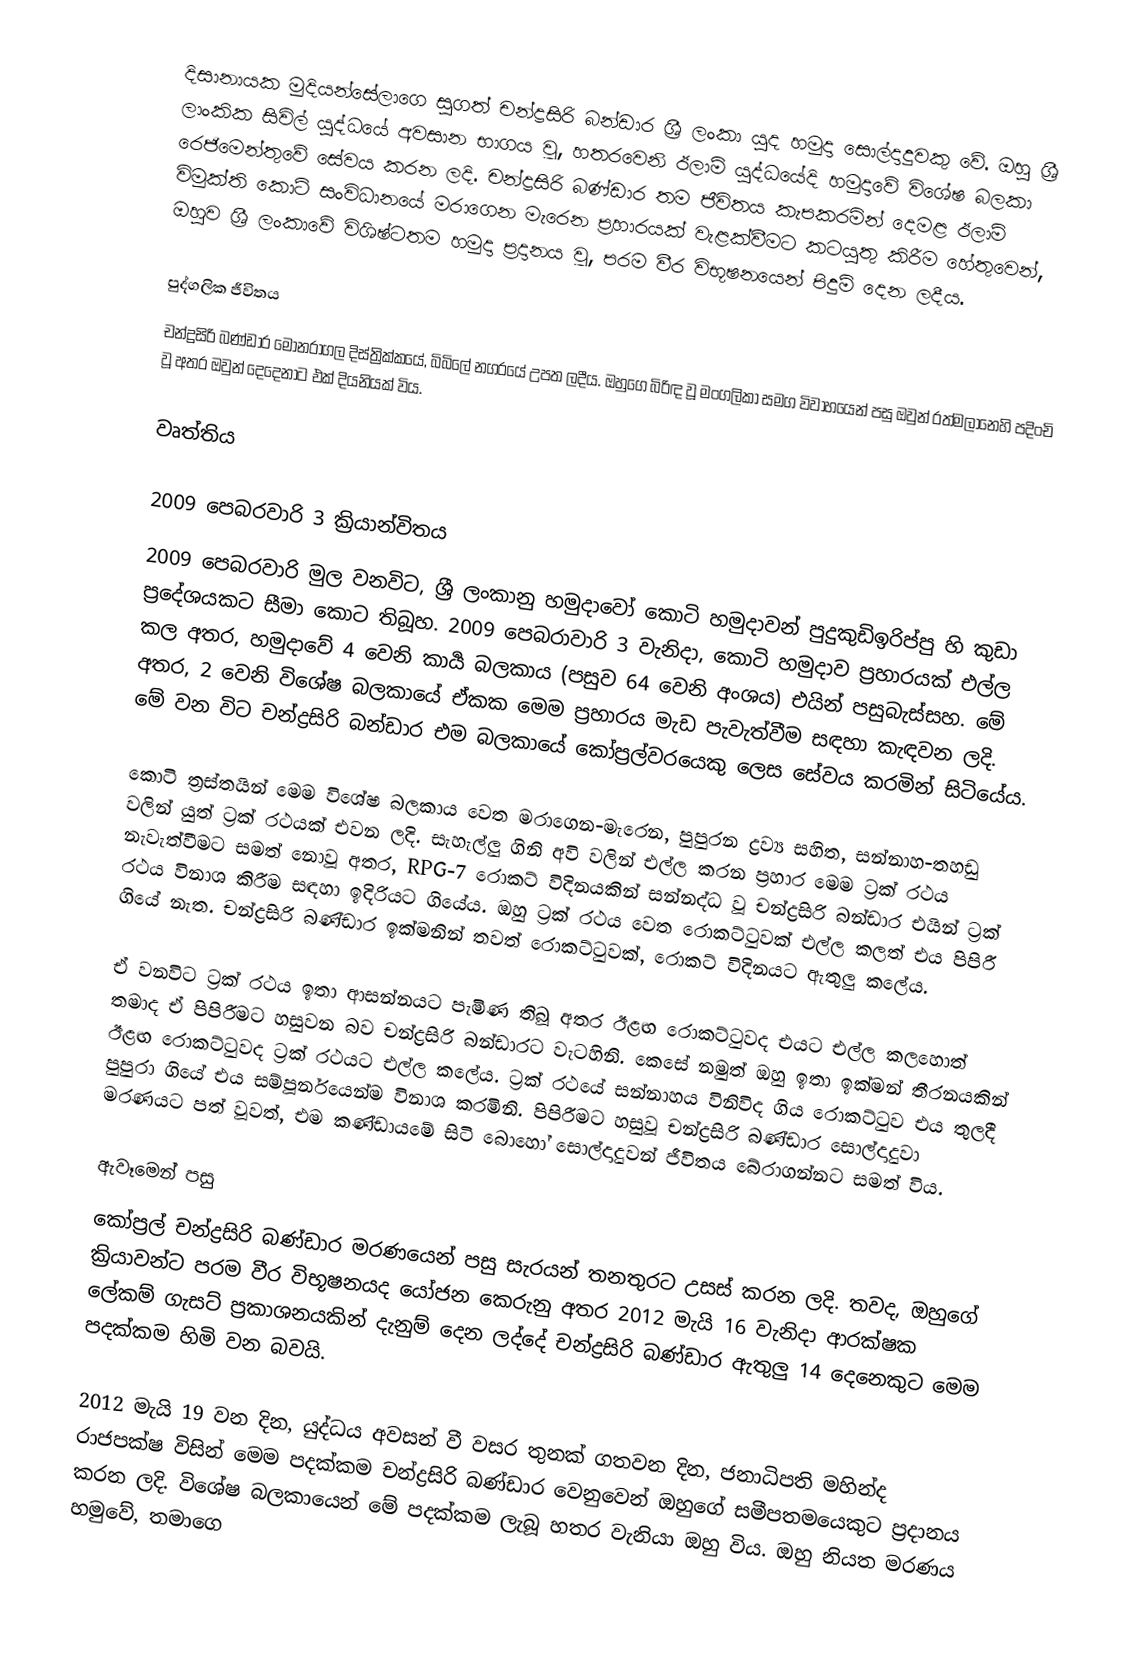
දිසානායක මුදියන්සේලාගෙ සුගත් චන්ද්‍රසිරි බන්ඩාර ශ්‍රී ලංකා යුද හමුදා සොල්දාදුවකු වේ. ඔහු ශ්‍රී ලාංකික සිවිල් යුද්ධයේ අවසාන භාගය වූ, හතරවෙනි ඊලාම් යුද්ධයේදි හමුදාවේ විශේෂ බලකා රෙජිමෙන්තුවේ සේවය කරන ලදි. චන්ද්‍රසිරි බණ්ඩාර තම ජීවිතය කැපකරමින් දෙමළ ඊලාම් විමුක්ති කොටි සංවිධානයේ මරාගෙන මැරෙන ප්‍රහාරයක් වැළක්වීමට කටයුතු කිරීම හේතුවෙන්, ඔහුව ශ්‍රී ලංකාවේ විශිෂ්ටතම හමුදා ප්‍රදානය වූ, පරම වීර විභූෂනයෙන් පිදුම් දෙන ලදීය.

පුද්ගලික ජීවිතය
චන්ද්‍රසිරි බණ්ඩාර මොනරාගල දිස්ත්‍රික්කයේ, බිබිලේ නගරයේ උපත ලදීය. ඔහුගෙ බිරිඳ වූ මංගලිකා සමග විවාහයෙන් පසු ඔවුන් රත්මලානෙහි පදිංචි වූ අතර ඔවුන් දෙදෙනාට එක් දියනියක් විය.

වෘත්තිය

2009 පෙබරවාරි 3 ක්‍රියාන්විතය
2009 පෙබරවාරි මුල වනවිට, ශ්‍රී ලංකානු හමුදාවෝ කොටි හමුදාවන් පුදුකුඩිඉරිප්පු හි කුඩා ප්‍රදේශයකට සීමා කොට තිබූහ. 2009 පෙබරාවාරි 3 වැනිදා, කොටි හමුදාව ප්‍රහාරයක් එල්ල කල අතර, හමුදාවේ 4 වෙනි කාර්‍ය බලකාය (පසුව 64 වෙනි අංශය) එයින් පසුබැස්සහ. මේ අතර, 2 වෙනි විශේෂ බලකායේ ඒකක මෙම ප්‍රහාරය මැඩ පැවැත්වීම සඳහා කැඳවන ලදි. මේ වන විට චන්ද්‍රසිරි බන්ඩාර එම බලකායේ කෝප්‍රල්වරයෙකු ලෙස සේවය කරමින් සිටියේය.

කොටි ත්‍රස්තයින් මෙම විශේෂ බලකාය වෙත මරාගෙන-මැරෙන, පුපුරන ද්‍රව්‍ය සහිත, සන්නාහ-තහඩු වලින් යුත් ට්‍රක් රථයක් එවන ලදි. සැහැල්ලු ගිනි අවි වලින් එල්ල කරන ප්‍රහාර මෙම ට්‍රක් රථය නැවැත්වීමට සමත් නොවූ අතර, RPG-7 රොකට් විදිනයකින් සන්නද්ධ වූ චන්ද්‍රසිරි බන්ඩාර එයින් ට්‍රක් රථය විනාශ කිරීම සඳහා ඉදිරියට ගියේය. ඔහු ට්‍රක් රථය වෙත රොකට්ටුවක් එල්ල කලත් එය පිපිරී ගියේ නැත. චන්ද්‍රසිරි බණ්ඩාර ඉක්මනින් තවත් රොකට්ටුවක්, රොකට් විදිනයට ඇතුලු කලේය.

ඒ වනවිට ට්‍රක් රථය ඉතා ආසන්නයට පැමිණ තිබූ අතර ඊළඟ රොකට්ටුවද එයට එල්ල කලහොත් තමාද ඒ පිපිරීමට හසුවන බව චන්ද්‍රසිරි බන්ඩාරට වැටහිනි. කෙසේ නමුත් ඔහු ඉතා ඉක්මන් තීරනයකින් ඊළඟ රොකට්ටුවද ට්‍රක් රථයට එල්ල කලේය. ට්‍රක් රථයේ සන්නාහය විනිවිද ගිය රොකට්ටුව එය තුලදී පුපුරා ගියේ එය සම්පූර්නයෙන්ම විනාශ කරමිනි. පිපිරීමට හසුවූ චන්ද්‍රසිරි බණ්ඩාර සොල්දාදුවා මරණයට පත් වූවත්, එම කණ්ඩායමේ සිටි බොහෝ සොල්දාදුවන් ජීවිතය බේරාගන්නට සමත් විය.

ඇවෑමෙන් පසු
කෝප්‍රල් චන්ද්‍රසිරි බණ්ඩාර මරණයෙන් පසු සැරයන් තනතුරට උසස් කරන ලදි. තවද, ඔහුගේ ක්‍රියාවන්ට පරම වීර විභූෂනයද යෝජන කෙරුනු අතර 2012 මැයි 16 වැනිදා ආරක්ෂක ලේකම් ගැසට් ප්‍රකාශනයකින් දැනුම් දෙන ලද්දේ චන්ද්‍රසිරි බණ්ඩාර ඇතුලු 14 දෙනෙකුට මෙම පදක්කම හිමි වන බවයි.

2012 මැයි 19 වන දින, යුද්ධය අවසන් වී වසර තුනක් ගතවන දින, ජනාධිපති මහින්ද රාජපක්ෂ විසින් මෙම පදක්කම චන්ද්‍රසිරි බණ්ඩාර වෙනුවෙන් ඔහුගේ සමීපතමයෙකුට ප්‍රදානය කරන ලදි. විශේෂ බලකායෙන් මේ පදක්කම ලැබූ හතර වැනියා ඔහු විය. ඔහු නියත මරණය හමුවේ, තමාගෙ